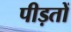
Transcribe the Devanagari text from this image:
पीड़तों